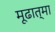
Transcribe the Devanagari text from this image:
मूढात्मा